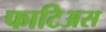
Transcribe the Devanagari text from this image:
फाटिअस